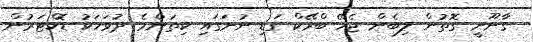
ގާނޫނީ ގޮތުން ލިބެން ޖެހޭ ބްރޭކް ގަޑި ނުނަގައި ކިތަންމެ ދުވަހަކު ޑޮކްޓަރުން